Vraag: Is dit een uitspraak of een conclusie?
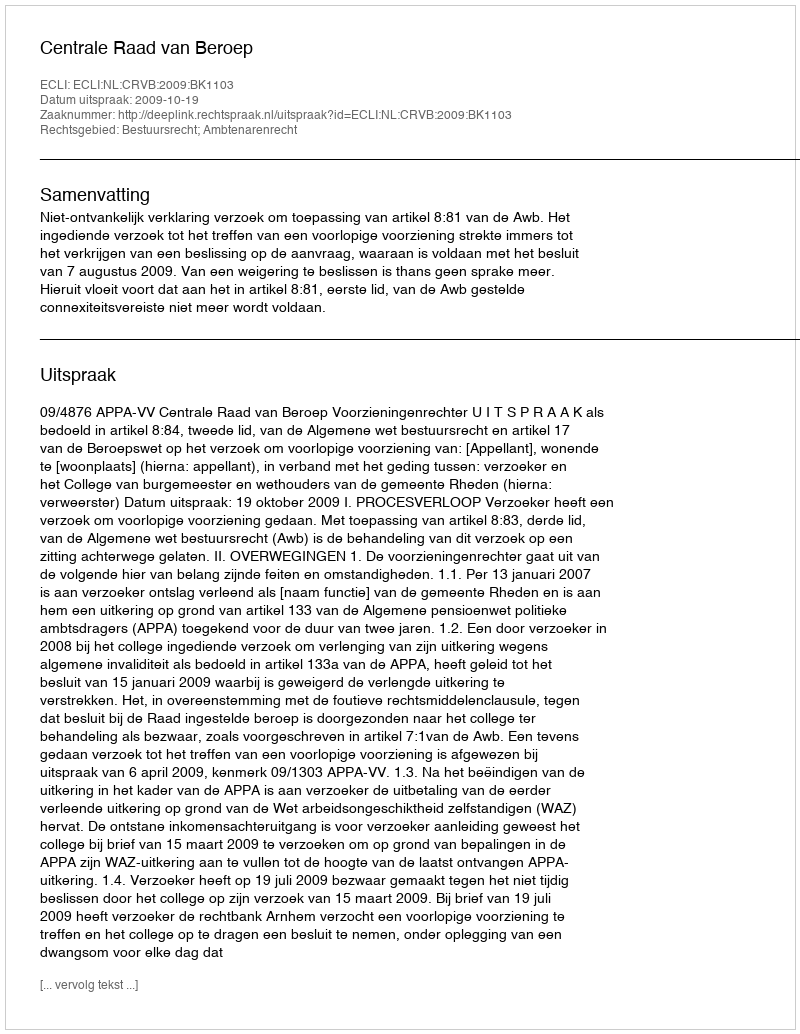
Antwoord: Uitspraak